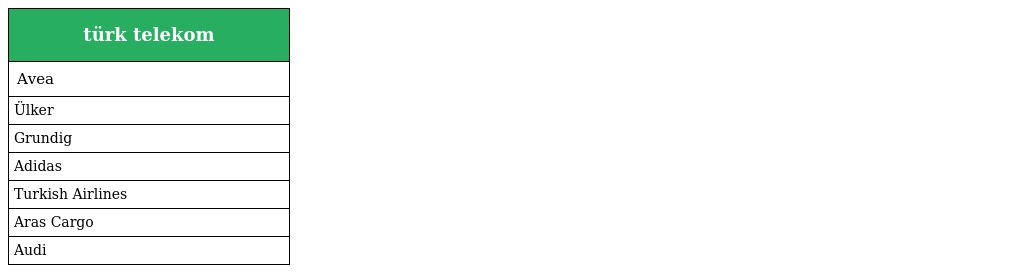
| türk telekom |
 | --- |
 | Avea |
 | Ülker |
 | Grundig |
 | Adidas |
 | Turkish Airlines |
 | Aras Cargo |
 | Audi |